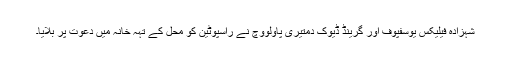
شہزادہ فیلیکس یوسفپوف اور گرینڈ ڈیوک دمتیری پاولووچ نے راسپوٹین کو محل کے تہہ خانہ میں دعوت پر بلایا۔